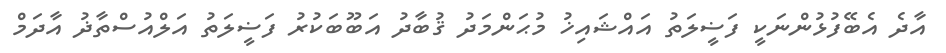
އާދެ އެބޭފުޅުންނަކީ ފަޟީލަތު އައްޝައިޚު މުޙަންމަދު ޤުބާދު އަބޫބަކުރު ފަޟީލަތު އަލްއުސްތާޛު އާދަމް